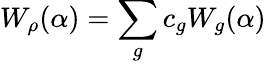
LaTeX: W_{\rho}(\alpha)=\sum_{g}c_{g}W_{g}(\alpha)